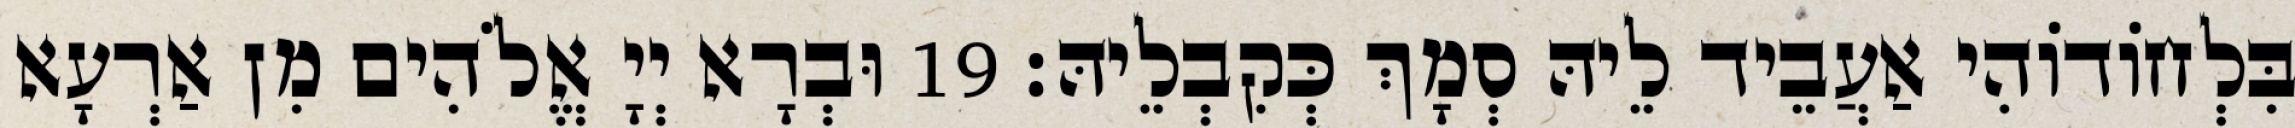
בִּלְחוֹדוֹהִי אַעֲבֵיד לֵיהּ סְמָךְ כְּקִבְלֵיהּ׃ 19 וּבְרָא יְיָ אֱלֹהִים מִן אַרְעָא